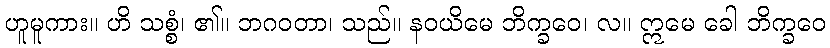
ဟူမူကား။ ဟိ သစ္စံ၊ ၏။ ဘဂဝတာ၊ သည်။ နဝယိမေ ဘိက္ခဝေ၊ လ။ ဣမေ ခေါ ဘိက္ခဝေ